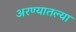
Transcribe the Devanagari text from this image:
अरण्यातल्या